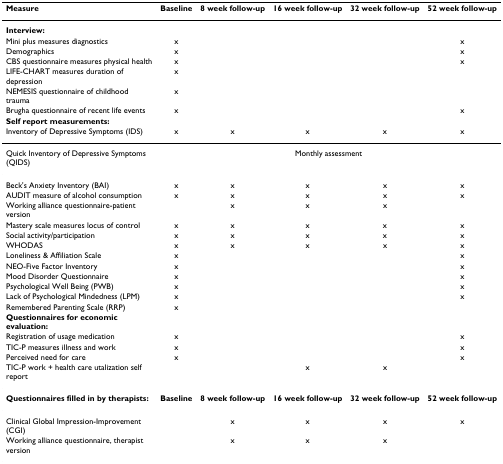
| Measure | Baseline | 8 week follow-up | 16 week follow-up | 32 week follow-up | 52 week follow-up |
 | --- | --- | --- | --- | --- | --- |
 | Interview: |  |  |  |  |  |
 | Mini plus measures diagnostics | x |  |  |  | x |
 | Demographics | x |  |  |  | x |
 | CBS questionnaire measures physical health | x |  |  |  | x |
 | LIFE-CHART measures duration of depression | x |  |  |  |  |
 | NEMESIS questionnaire of childhood trauma | x |  |  |  |  |
 | Brugha questionnaire of recent life events | x |  |  |  | x |
 | Self report measurements: |  |  |  |  |  |
 | Inventory of Depressive Symptoms (IDS) | x | x | x | x | x |
 | Quick Inventory of Depressive Symptoms (QIDS) | <COLSPAN=5> Monthly assessment |
 | Beck's Anxiety Inventory (BAI) | x | x | x | x | x |
 | AUDIT measure of alcohol consumption | x | x | x | x | x |
 | Working alliance questionnaire-patient version |  | x | x | x |  |
 | Mastery scale measures locus of control | x | x | x | x | x |
 | Social activity/participation | x | x | x | x | x |
 | WHODAS | x | x | x | x | x |
 | Loneliness & Affiliation Scale | x |  |  |  | x |
 | NEO-Five Factor Inventory | x |  |  |  | x |
 | Mood Disorder Questionnaire | x |  |  |  | x |
 | Psychological Well Being (PWB) | x |  |  |  | x |
 | Lack of Psychological Mindedness (LPM) | x |  |  |  | x |
 | Remembered Parenting Scale (RRP) | x |  |  |  |  |
 | Questionnaires for economic evaluation: |  |  |  |  |  |
 | Registration of usage medication | x |  |  |  | x |
 | TIC-P measures illness and work | x |  |  |  | x |
 | Perceived need for care | x |  |  |  | x |
 | TIC-P work + health care utalization self report |  |  | x | x |  |
 | Questionnaires filled in by therapists: | Baseline | 8 week follow-up | 16 week follow-up | 32 week follow-up | 52 week follow-up |
 | Clinical Global Impression-Improvement (CGI) |  | x | x | x | x |
 | Working alliance questionnaire, therapist version |  | x | x | x |  |